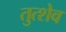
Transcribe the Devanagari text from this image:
तुत्शेव